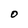
Character: O